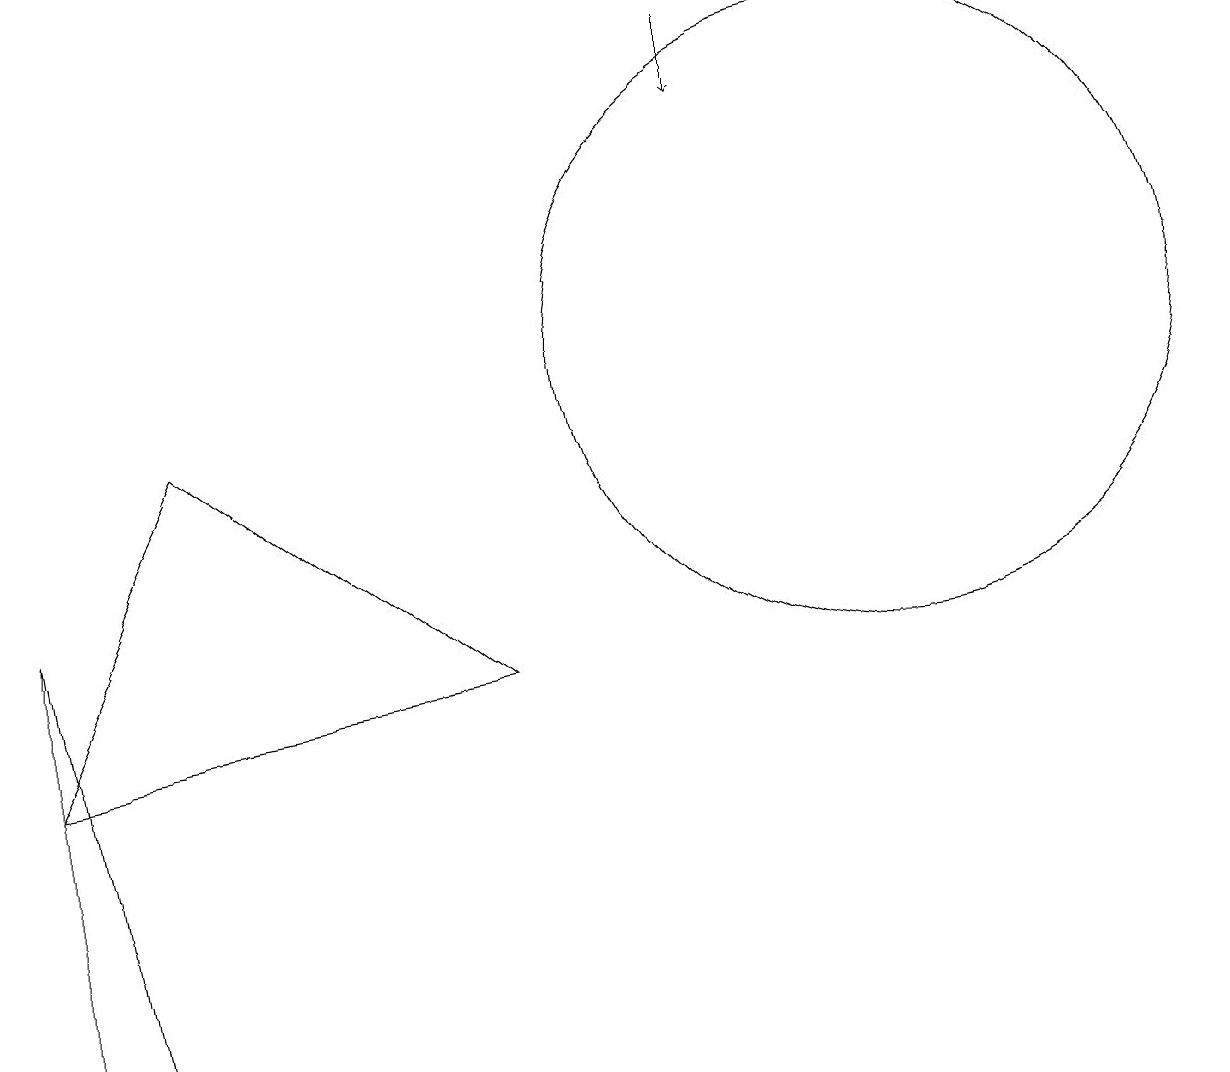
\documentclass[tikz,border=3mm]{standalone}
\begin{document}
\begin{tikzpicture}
\draw (2,9) -- (0,5) -- (6,6) -- cycle;
\draw (12,11) circle (0);
\draw (10,10) circle (0);
\draw (1,1) -- (0,1) -- (0,7) -- cycle;
\draw (11,10) circle (4);
\draw[->] (9,14) -- (9,13);
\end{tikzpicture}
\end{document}